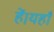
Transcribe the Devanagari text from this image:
हें।यहाँ